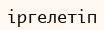
іргелетіп